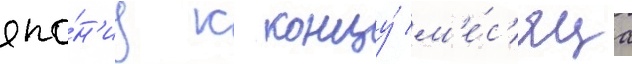
япо́н'иу к концу́ м'е́с'яца